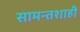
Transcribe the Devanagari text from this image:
सामन्‍तशाही